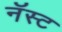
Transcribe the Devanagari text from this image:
नॅस्ट